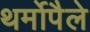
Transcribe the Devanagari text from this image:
थर्मोपैले